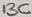
Text: 13C